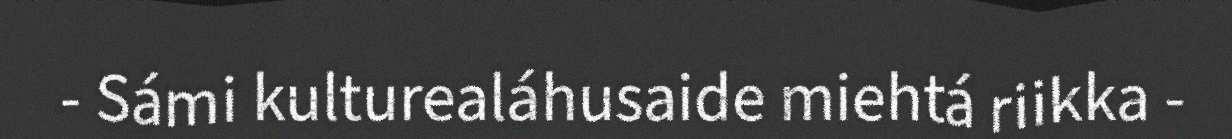
- Sámi kulturealáhusaide miehtá riikka -